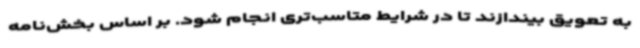
به تعویق بیندازند تا در شرایط متاسب‌تری انجام شود. بر اساس بخش‌نامه